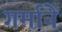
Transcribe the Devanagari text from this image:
गर्माने